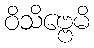
ဝိသိဗ္ဗေမိ